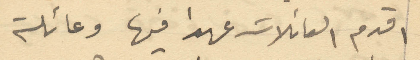
اقدم العائلات عهدا فيها وعائلة